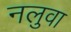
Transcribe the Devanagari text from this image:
नलुवा